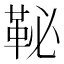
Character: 䩛